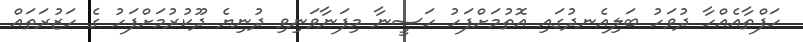
ހަފްތާއެއްހާ ދުވަހު ބަލިއެނދުގައި އޮތުމަށްފަހު ހަސީނާ މިފަނާވަނިވި ދުނިޔެ ދޫކުރުމަށްފަަހު ގެ ހަޒުރަތައް